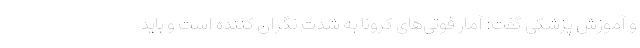
و آموزش پزشکی گفت: آمار فوتی‌های کرونا به شدت نگران کننده است و باید